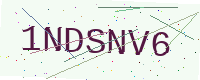
Text: 1NDSNV6